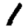
Digit: 1